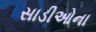
સાડીઓના